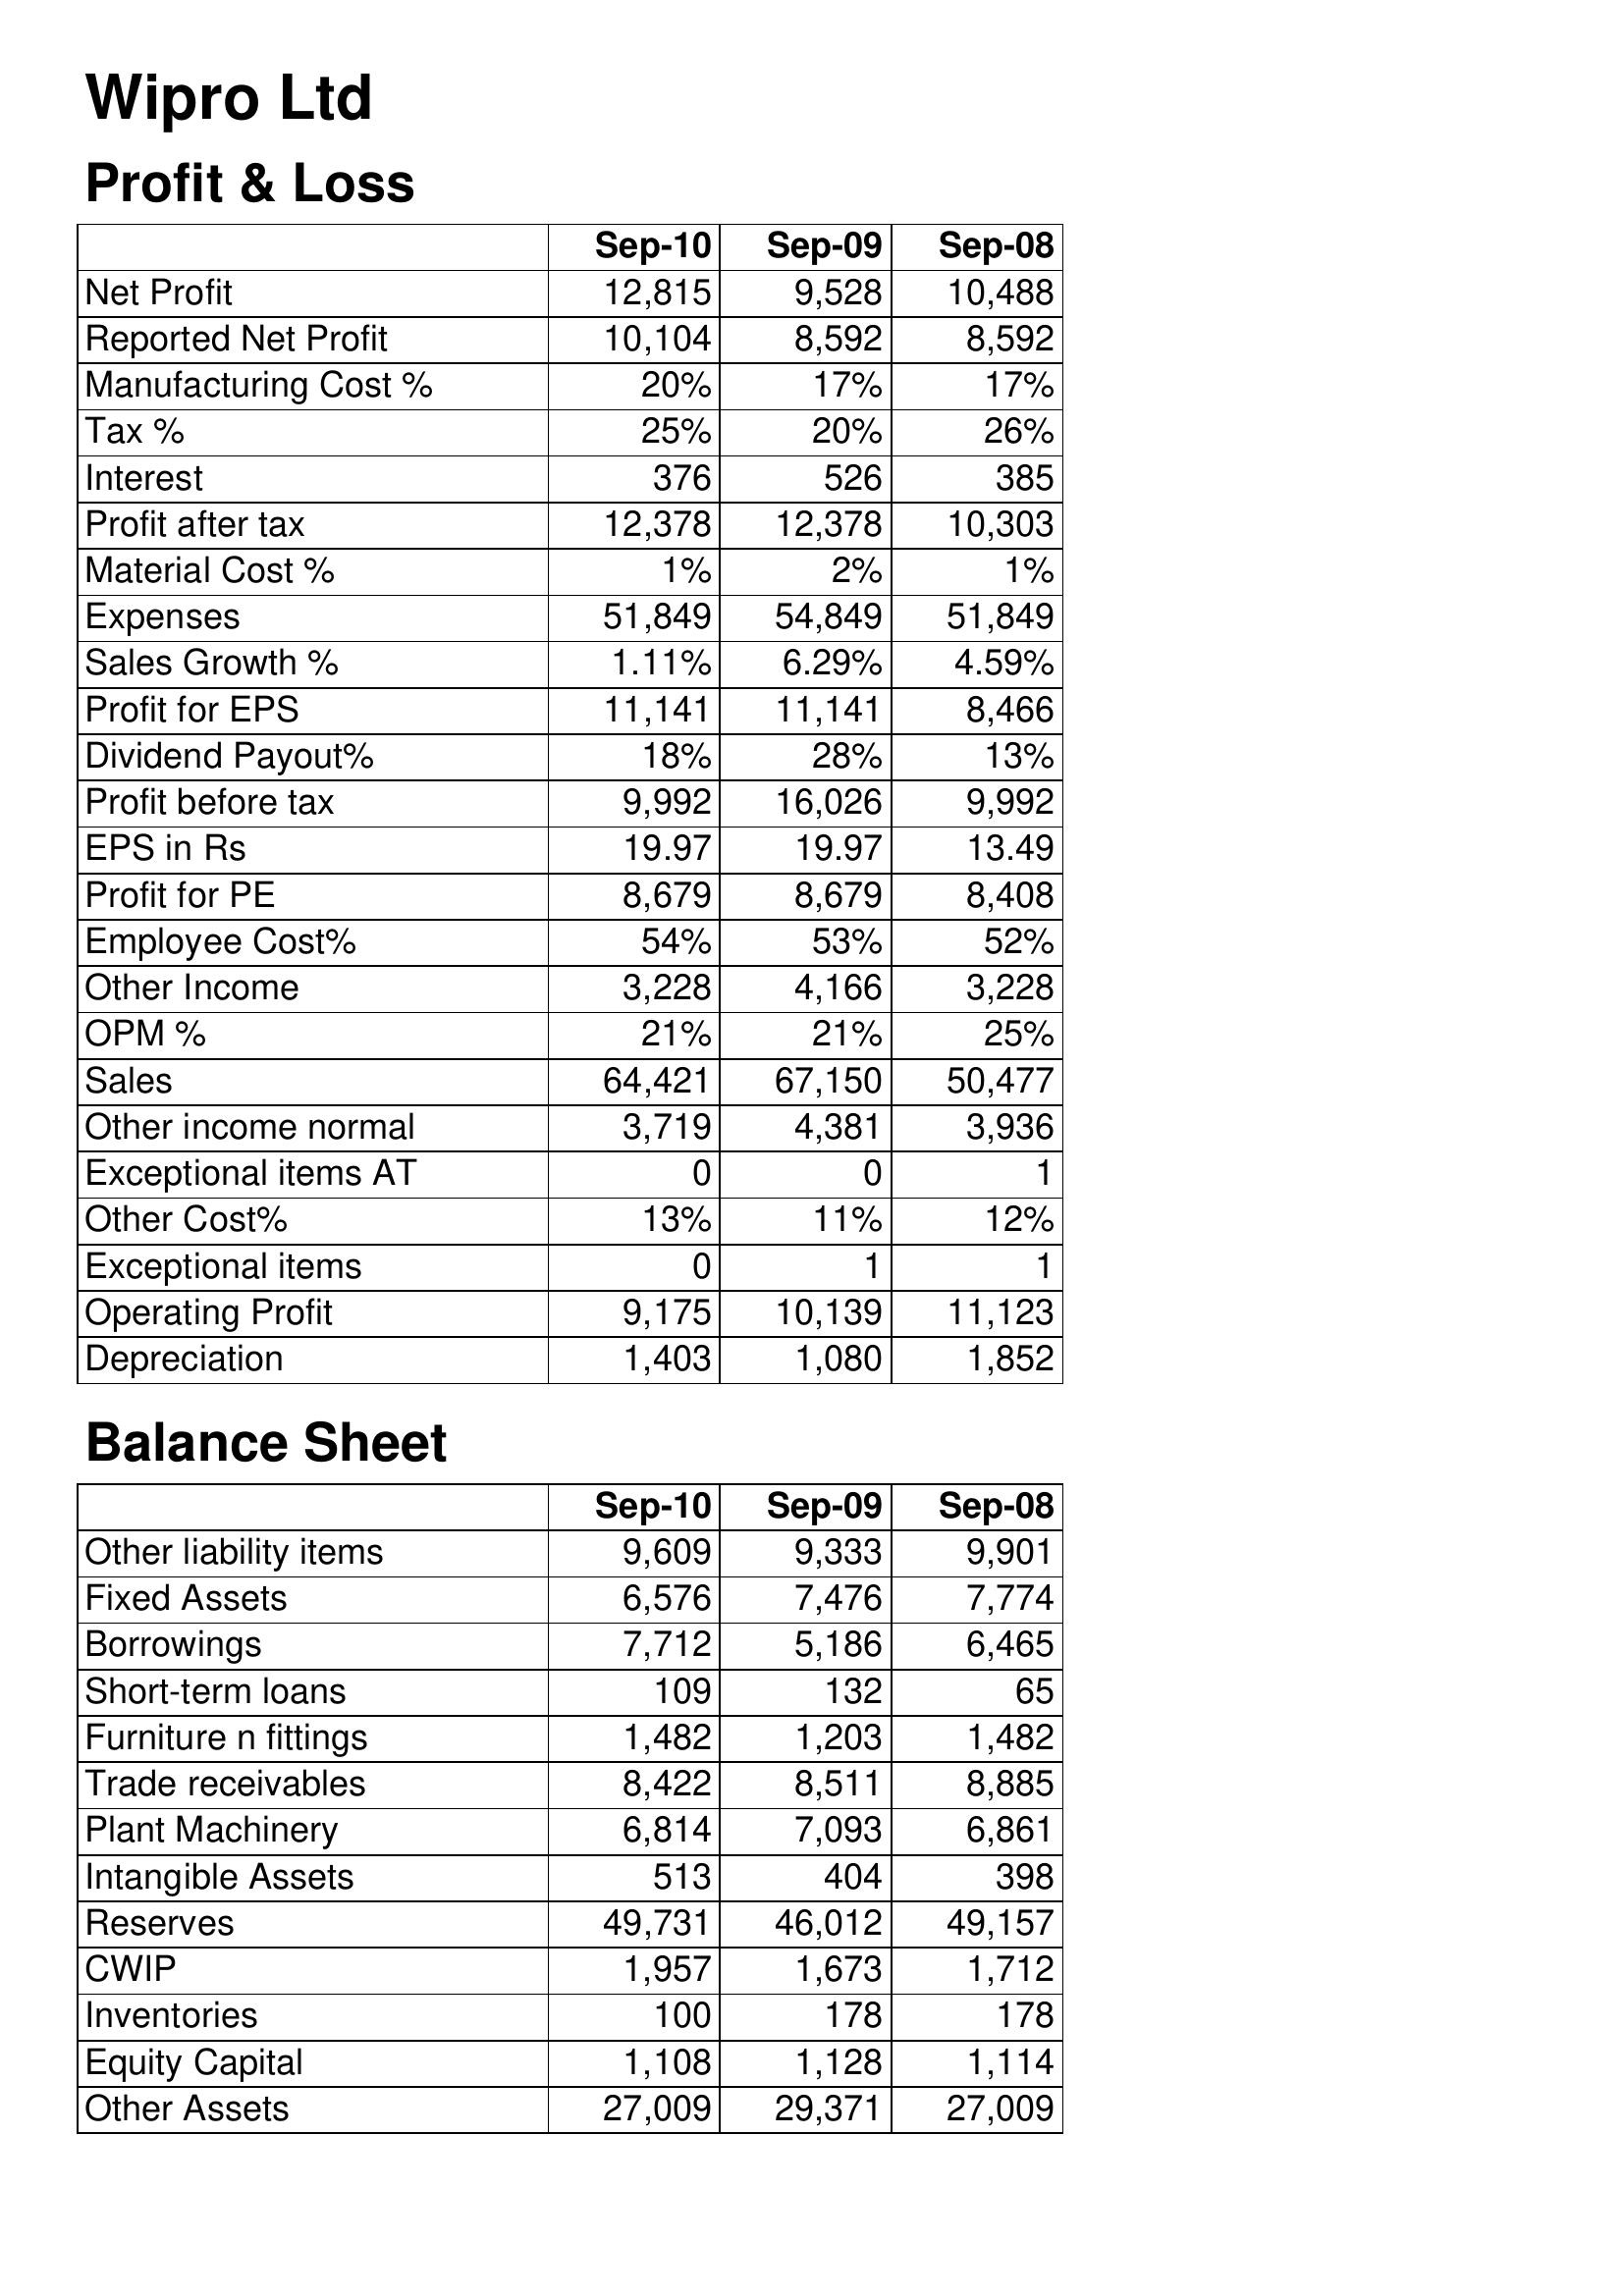
Sep-10: Profit & Loss: Net Profit: 12,815
Reported Net Profit: 10,104
Manufacturing Cost %: 20%
Tax %: 25%
Interest: 376
Profit after tax: 12,378
Material Cost %: 1%
Expenses: 51,849
Sales Growth %: 1.11%
Profit for EPS: 11,141
Dividend Payout%: 18%
Profit before tax: 9,992
EPS in Rs: 19.97
Profit for PE: 8,679
Employee Cost%: 54%
Other Income: 3,228
OPM %: 21%
Sales: 64,421
Other income normal: 3,719
Exceptional items AT: 0
Other Cost%: 13%
Exceptional items: 0
Operating Profit: 9,175
Depreciation: 1,403
Balance Sheet: Other liability items: 9,609
Fixed Assets: 6,576
Borrowings: 7,712
Short-term loans: 109
Furniture n fittings: 1,482
Trade receivables: 8,422
Plant Machinery: 6,814
Intangible Assets: 513
Reserves: 49,731
CWIP: 1,957
Inventories: 100
Equity Capital: 1,108
Other Assets: 27,009
Sep-09: Profit & Loss: Net Profit: 9,528
Reported Net Profit: 8,592
Manufacturing Cost %: 17%
Tax %: 20%
Interest: 526
Profit after tax: 12,378
Material Cost %: 2%
Expenses: 54,849
Sales Growth %: 6.29%
Profit for EPS: 11,141
Dividend Payout%: 28%
Profit before tax: 16,026
EPS in Rs: 19.97
Profit for PE: 8,679
Employee Cost%: 53%
Other Income: 4,166
OPM %: 21%
Sales: 67,150
Other income normal: 4,381
Exceptional items AT: 0
Other Cost%: 11%
Exceptional items: 1
Operating Profit: 10,139
Depreciation: 1,080
Balance Sheet: Other liability items: 9,333
Fixed Assets: 7,476
Borrowings: 5,186
Short-term loans: 132
Furniture n fittings: 1,203
Trade receivables: 8,511
Plant Machinery: 7,093
Intangible Assets: 404
Reserves: 46,012
CWIP: 1,673
Inventories: 178
Equity Capital: 1,128
Other Assets: 29,371
Sep-08: Profit & Loss: Net Profit: 10,488
Reported Net Profit: 8,592
Manufacturing Cost %: 17%
Tax %: 26%
Interest: 385
Profit after tax: 10,303
Material Cost %: 1%
Expenses: 51,849
Sales Growth %: 4.59%
Profit for EPS: 8,466
Dividend Payout%: 13%
Profit before tax: 9,992
EPS in Rs: 13.49
Profit for PE: 8,408
Employee Cost%: 52%
Other Income: 3,228
OPM %: 25%
Sales: 50,477
Other income normal: 3,936
Exceptional items AT: 1
Other Cost%: 12%
Exceptional items: 1
Operating Profit: 11,123
Depreciation: 1,852
Balance Sheet: Other liability items: 9,901
Fixed Assets: 7,774
Borrowings: 6,465
Short-term loans: 65
Furniture n fittings: 1,482
Trade receivables: 8,885
Plant Machinery: 6,861
Intangible Assets: 398
Reserves: 49,157
CWIP: 1,712
Inventories: 178
Equity Capital: 1,114
Other Assets: 27,009